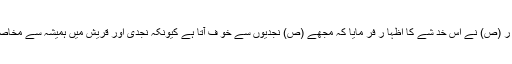
پہلے تو حضو ر (ص) نے اس خد شے کا اظہا ر فر مایا کہ مجھے (ص) نجدیوں سے خو ف آتا ہے کیونکہ نجدی اور قریش میں ہمیشہ سے مخاصمت رہی ہے ۔